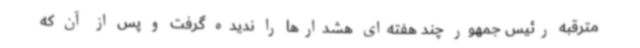
مترقبه رئیس جمهور چند هفته‌ای هشدارها را ندیده گرفت و پس از آن که